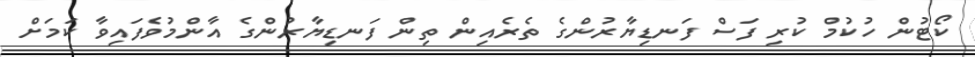
ކޯޓުން ހުކުމް ކުރި ފަސް ފަނޑިޔާރުންގެ ތެރެއިން ތިން ފަނޑިޔާރުންގެ އާންމުވެފައިވާ ކަމަށް